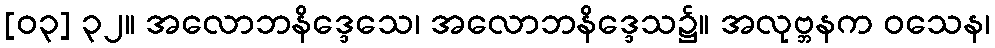
[၀၃] ၃၂။ အလောဘနိဒ္ဒေသေ၊ အလောဘနိဒ္ဒေသ၌။ အလုဗ္ဘနက ဝသေန၊